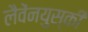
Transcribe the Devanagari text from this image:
लैवेंनयुस्की